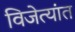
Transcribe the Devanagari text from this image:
विजेत्यांत